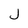
Character: j